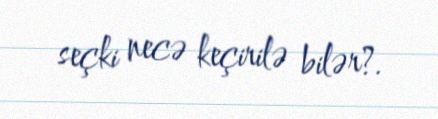
seçki necə keçirilə bilər?.